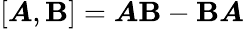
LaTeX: [\boldsymbol{A},\boldsymbol{\textbf{B}}]=\boldsymbol{A}\boldsymbol{\textbf{B}}-\boldsymbol{\textbf{B}}\boldsymbol{A}